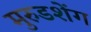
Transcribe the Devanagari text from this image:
मुरुडशेंग